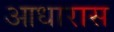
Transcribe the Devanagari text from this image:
आधारास